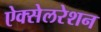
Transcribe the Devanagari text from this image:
ऐक्सेलरेशन